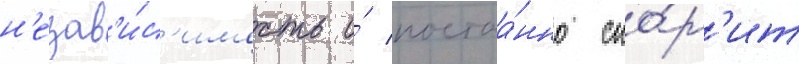
н'езав'и́с'имость и́ постоа́нно спо́р'ит